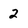
Character: 2